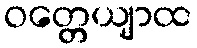
ဝတ္တေယျာထ